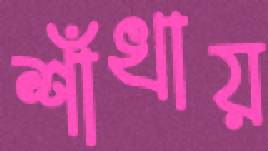
শাঁখায়